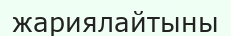
жариялайтыны